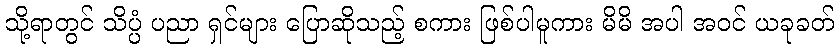
သို့ရာတွင် သိပ္ပံ ပညာ ရှင်များ ပြောဆိုသည့် စကား ဖြစ်ပါမူကား မိမိ အပါ အဝင် ယခုခတ်